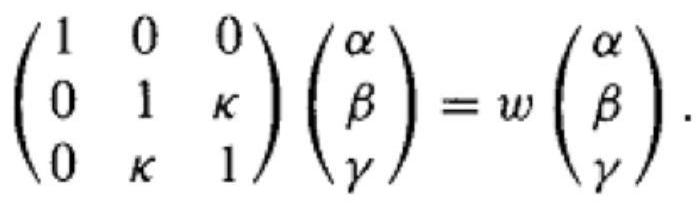
$\begin{pmatrix}
1 & 0 & 0 \\
0 & 1 & \kappa \\
0 & \kappa & 1
\end{pmatrix}
\begin{pmatrix}
\alpha \\
\beta \\
\gamma
\end{pmatrix}
= w
\begin{pmatrix}
\alpha \\
\beta \\
\gamma
\end{pmatrix}.$